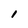
Character: l